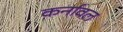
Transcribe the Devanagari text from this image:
कर्नावल